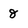
Character: 8